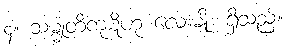
၄။ သမ္မုတိကုဋိဟု လေးမျိုး ရှိသည်။